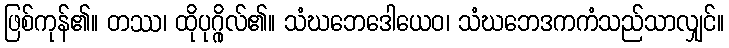
ဖြစ်ကုန်၏။ တဿ၊ ထိုပုဂ္ဂိုလ်၏။ သံဃဘေဒေါယေဝ၊ သံဃဘေဒကကံသည်သာလျှင်။